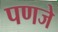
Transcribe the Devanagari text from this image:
पणजे